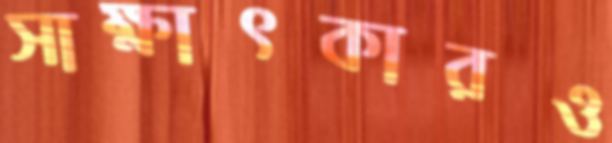
সাক্ষাৎকারও